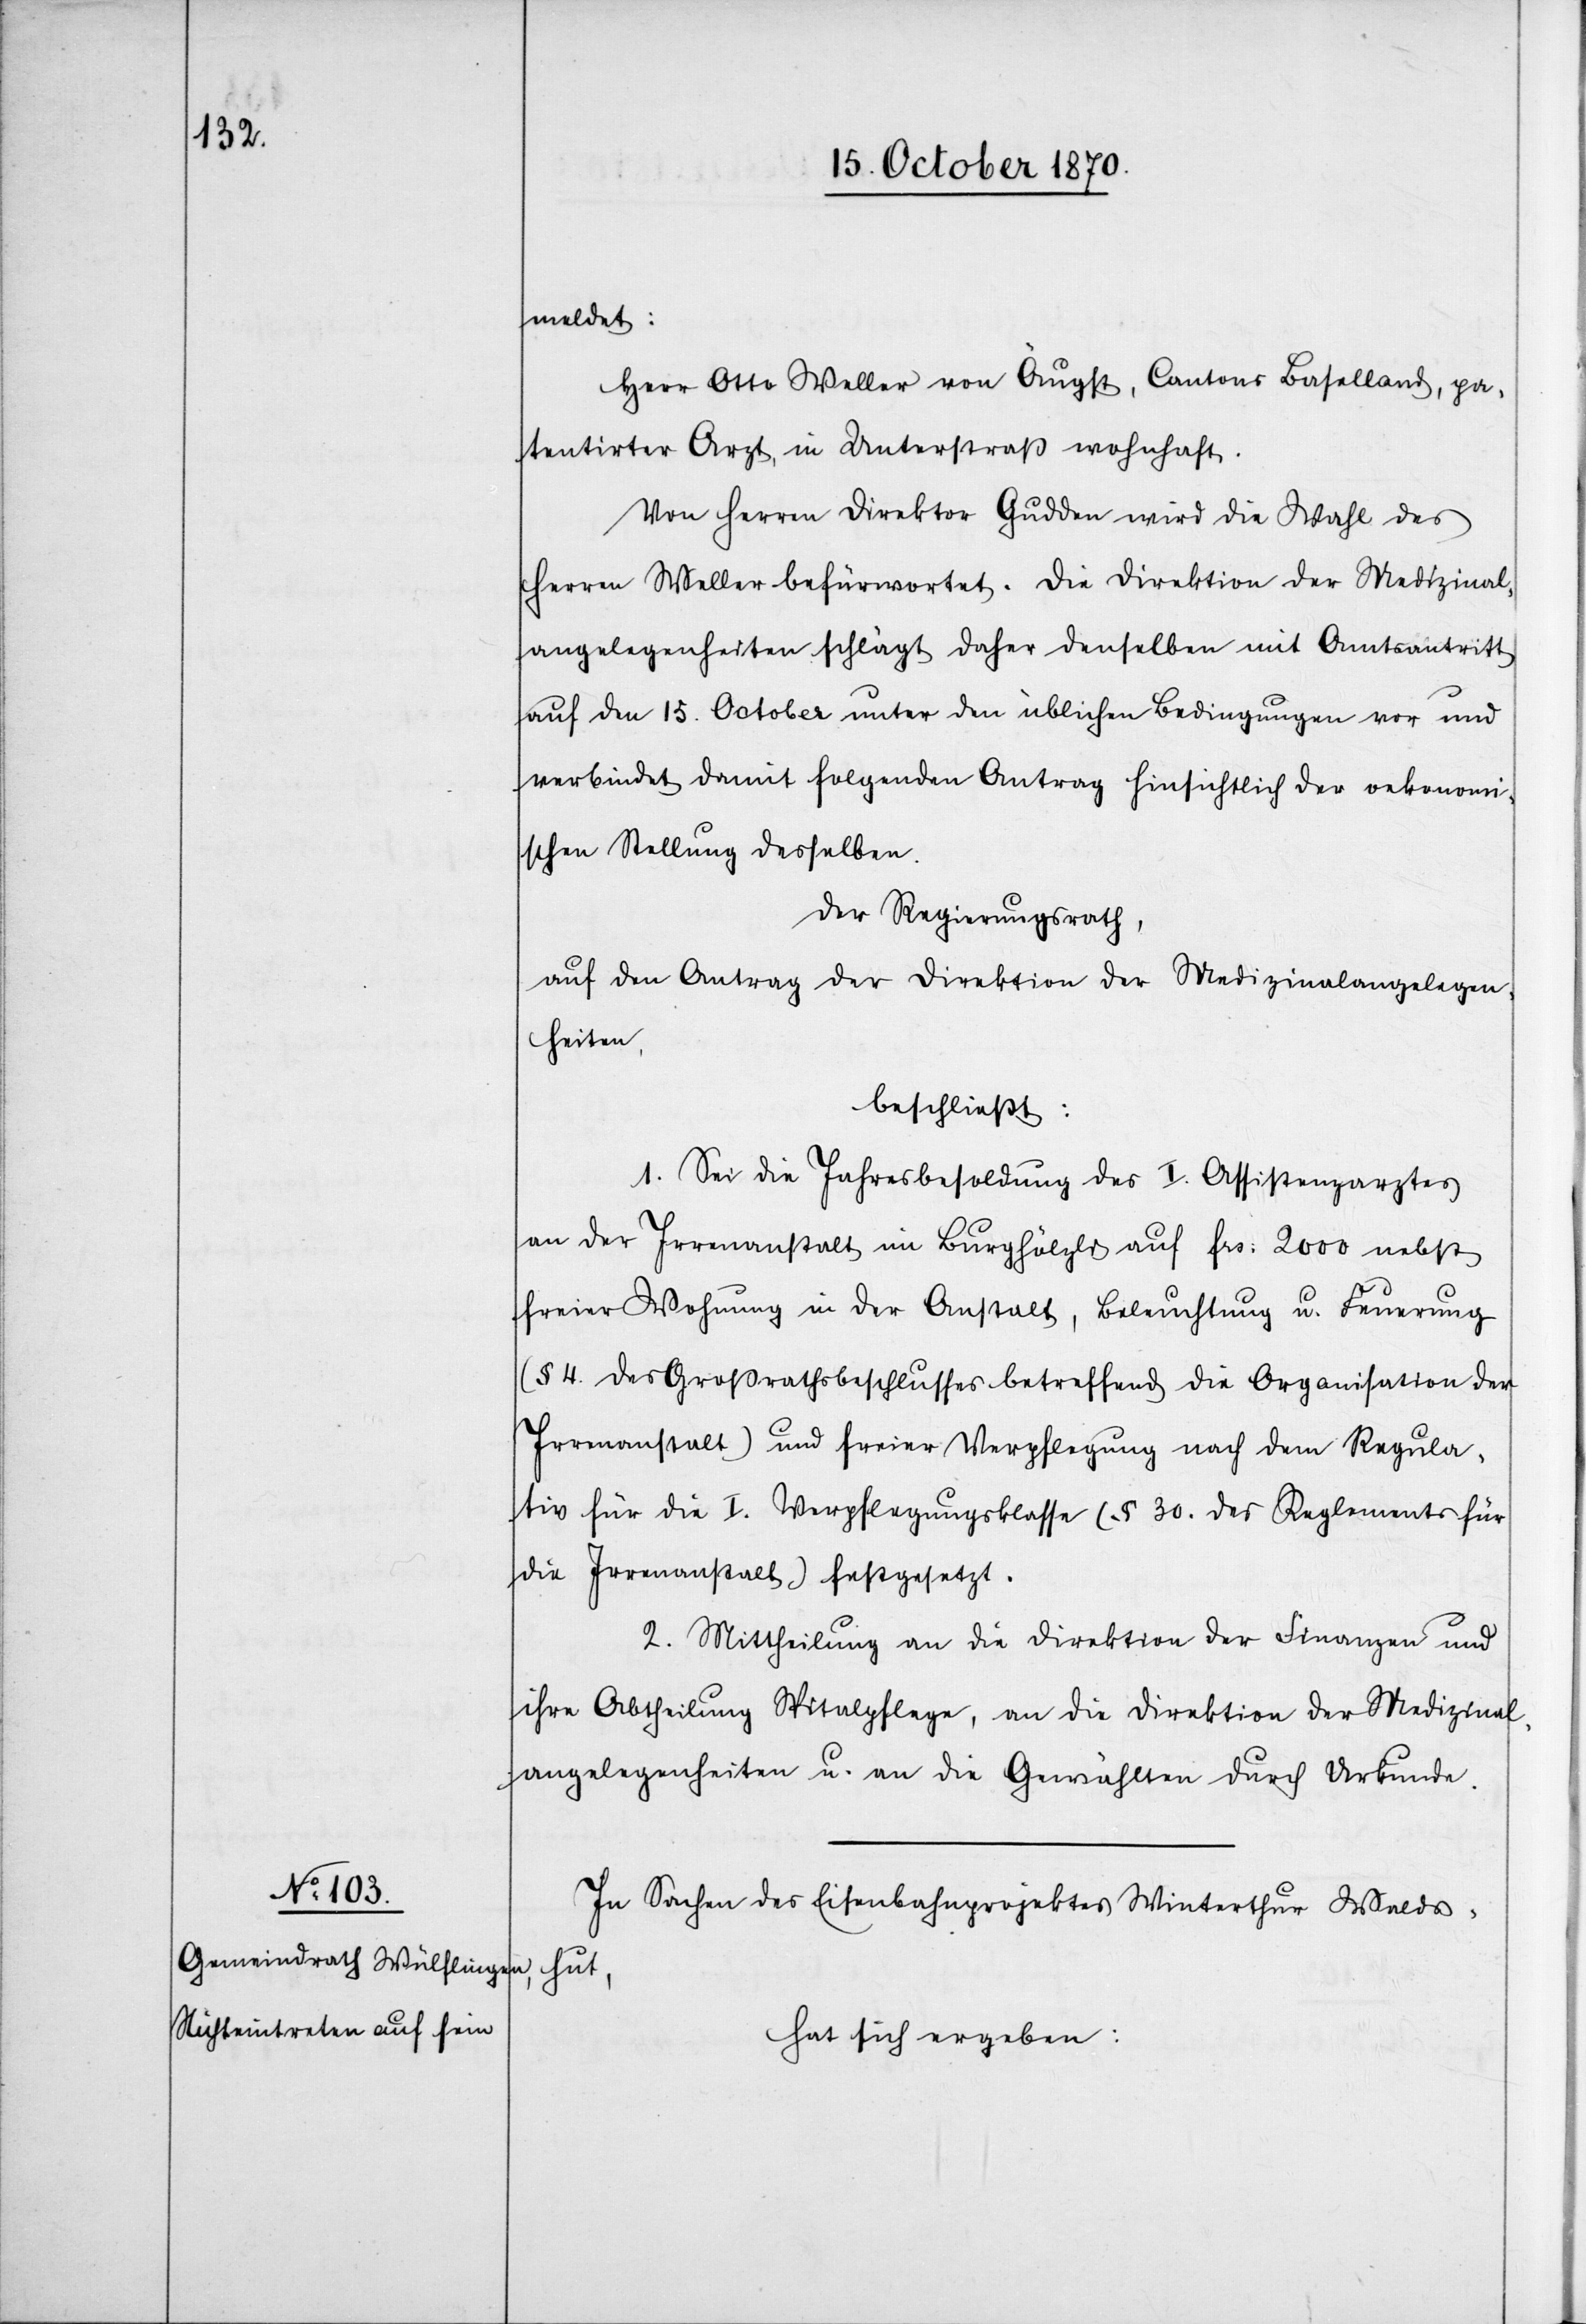
meldet:
Herr Otto Weller von Äugst, Cantons Baselland, pa¬
tentirter Arzt, in Unterstraß wohnhaft.
Von Herren Direktor Gudden wird die Wahl des
Herren Weller befürwortet. Die Direktion der Medizinal¬
angelegenheiten schlägt daher denselben mit Amtsantritt
auf den 15. October unter den üblichen Bedingungen vor und
verbindet damit folgenden Antrag hinsichtlich der oekonomi¬
schen Stellung desselben.
Der Regierungsrath,
auf den Antrag der Direktion der Medizinalangelegen¬
heiten,
beschließt:
1. Sei die Jahresbesoldung des I. Assistenzarztes
an der Irrenanstalt im Burghölzli auf Fr: 2000 nebst
freier Wohnung in der Anstalt, Beleuchtung u. Feuerung
(§ 4 des Großrathsbeschlusses betreffend die Organisation der
Irrenanstalt) und freier Verpflegung nach dem Regula¬
tiv für die I. Verpflegungsklasse (§ 30. des Reglements für
die Irrenanstalt) festgesetzt.
2. Mittheilung an die Direktion der Finanzen und
ihre Abtheilung Spitalpflege, an die Direktion der Medizinal¬
angelegenheiten u. an die [recte: den] Gewählten durch Urkunde.
In Sachen des Eisenbahnprojektes Winterthur Walds¬
hut,
hat sich ergeben: